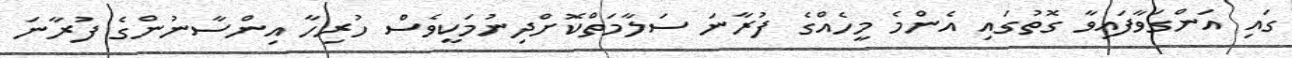
ގައި އަންގަވާފައިވާ ގޮތުގައި އެންމެ މީހެއްގެ ފުރާނަ ސަލާމަތްކޮށްދިނުމަކީވެސް ހުރިހާ އިންސާނުންގެ ފުރާނަ